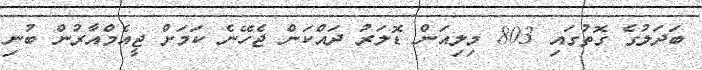
ބަދަލުގެ ގޮތުގައި 803 މިލިއަން ޑޮލަރު ދައްކަން ޖެހޭނެ ކަމަށް ޖީއެމްއާރުން ބުނި